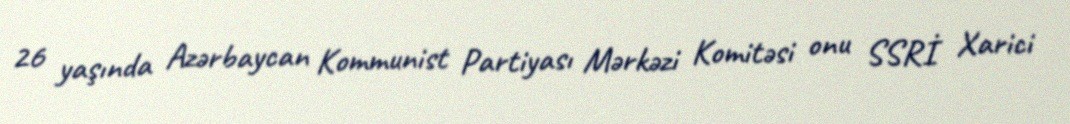
26 yaşında Azərbaycan Kommunist Partiyası Mərkəzi Komitəsi onu SSRİ Xarici